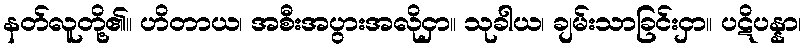
နတ်လူတို့၏။ ဟိတာယ၊ အစီးအပွားအလိုငှာ။ သုခါယ၊ ချမ်းသာခြင်းငှာ။ ပဋိပန္နာ၊